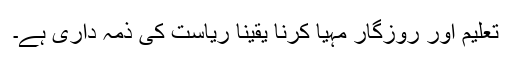
تعلیم اور روزگار مہیا کرنا یقیناً ریاست کی ذمہ داری ہے۔